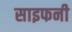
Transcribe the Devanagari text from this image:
साइफनी